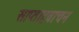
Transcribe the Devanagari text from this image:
साप्ताहवाचन